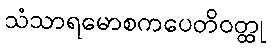
သံသာရမောစကပေတိဝတ္ထု